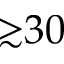
{ \gtrsim } 3 0